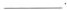
___.